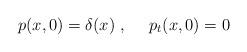
LaTeX: \begin{align*}p(x,0) = \delta(x)\ ,\ \ \ \ p_t(x,0) = 0\end{align*}